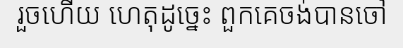
រួចហើយ ហេតុដូច្នេះ ពួកគេចង់បានចៅ